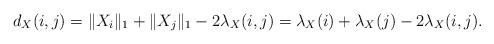
LaTeX: \begin{align*}d_X(i,j)&=\|X_i\|_1+\|X_j\|_1-2\lambda_X(i,j)=\lambda_X(i)+\lambda_X(j)-2\lambda_X(i,j).\end{align*}